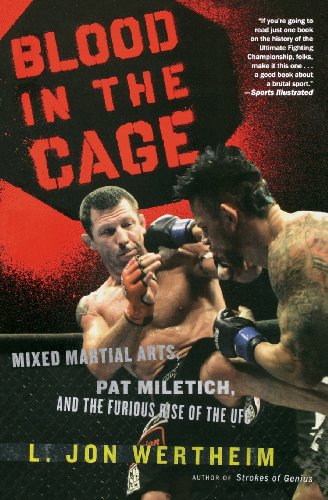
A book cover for Blood in the Cage: Mixed Martial Arts, Pat Miletich, and the Furious Rise of the UFC; L. Jon Wertheim; Sports & Outdoors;